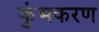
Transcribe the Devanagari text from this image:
कुंभकरण